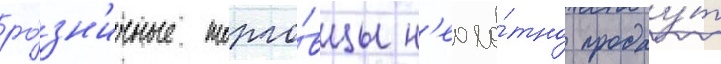
ро́зн'ичные торго́вцы н'еохо́тно продау́т